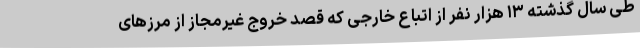
طی سال گذشته ۱۳ هزار نفر از اتباع خارجی که قصد خروج غیرمجاز از مرزهای